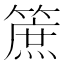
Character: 䉀